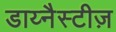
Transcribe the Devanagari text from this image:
डाय्नैस्टीज़